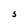
Character: S